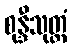
စုန္ဒီသုတ္တံ